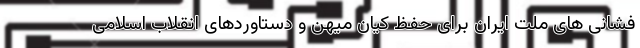
فشانی های ملت ایران برای حفظ کیان میهن و دستاوردهای انقلاب اسلامی